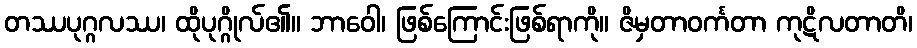
တဿပုဂ္ဂလဿ၊ ထိုပုဂ္ဂိုလ်၏။ ဘာဝေါ၊ ဖြစ်ကြောင်းဖြစ်ရာကို။ ဇိမှတာဝင်္ကတာ ကုဋိလတာတိ၊